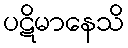
ပဋိမာနေသိ